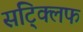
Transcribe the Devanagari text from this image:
सट्क्लिफ